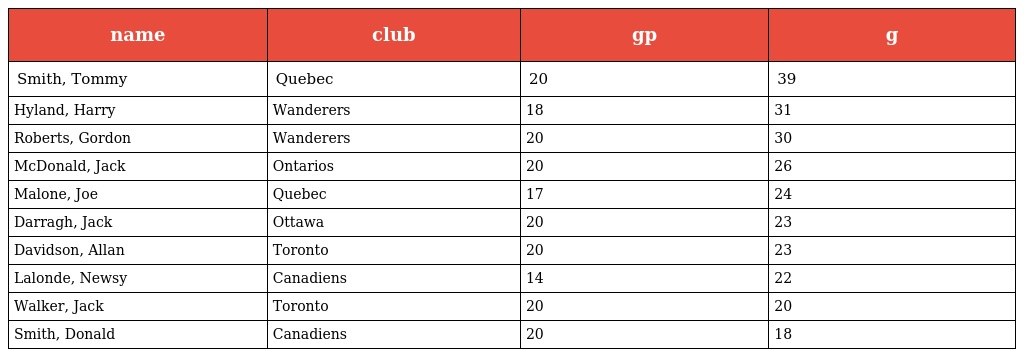
| name | club | gp | g |
 | --- | --- | --- | --- |
 | Smith, Tommy | Quebec | 20 | 39 |
 | Hyland, Harry | Wanderers | 18 | 31 |
 | Roberts, Gordon | Wanderers | 20 | 30 |
 | McDonald, Jack | Ontarios | 20 | 26 |
 | Malone, Joe | Quebec | 17 | 24 |
 | Darragh, Jack | Ottawa | 20 | 23 |
 | Davidson, Allan | Toronto | 20 | 23 |
 | Lalonde, Newsy | Canadiens | 14 | 22 |
 | Walker, Jack | Toronto | 20 | 20 |
 | Smith, Donald | Canadiens | 20 | 18 |